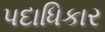
પદાધિકાર